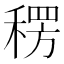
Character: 𮃕